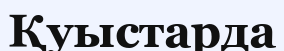
Қуыстарда